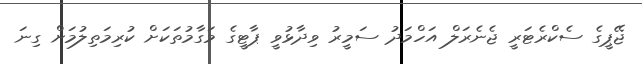
ޖޭޕީގެ ސެކްރެޓަރީ ޖެނެރަލް އަހްމަދު ސަމީރު ވިދާޅުވީ ޕާޓީގެ މަގާމުތަކަށް ކުރިމަތިލުމަށް ގިނަ